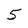
Character: 5